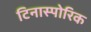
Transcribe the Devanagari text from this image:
टिनास्पोरिक